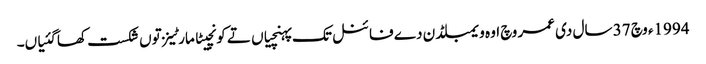
1994ء وچ 37 سال د‏‏ی عمر وچ اوہ ویمبلڈن دے فائنل تک پہنچیاں تے کونچیٹا مارٹینز تو‏ں شکست کھا گئیاں۔